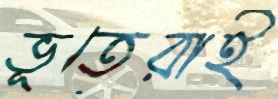
ভূতেরাই